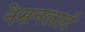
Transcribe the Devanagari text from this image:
नेसनलार्ट